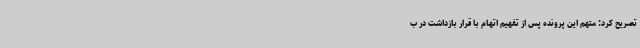
تصریح کرد: متهم این پرونده پس از تفهیم اتهام با قرار بازداشت در ب